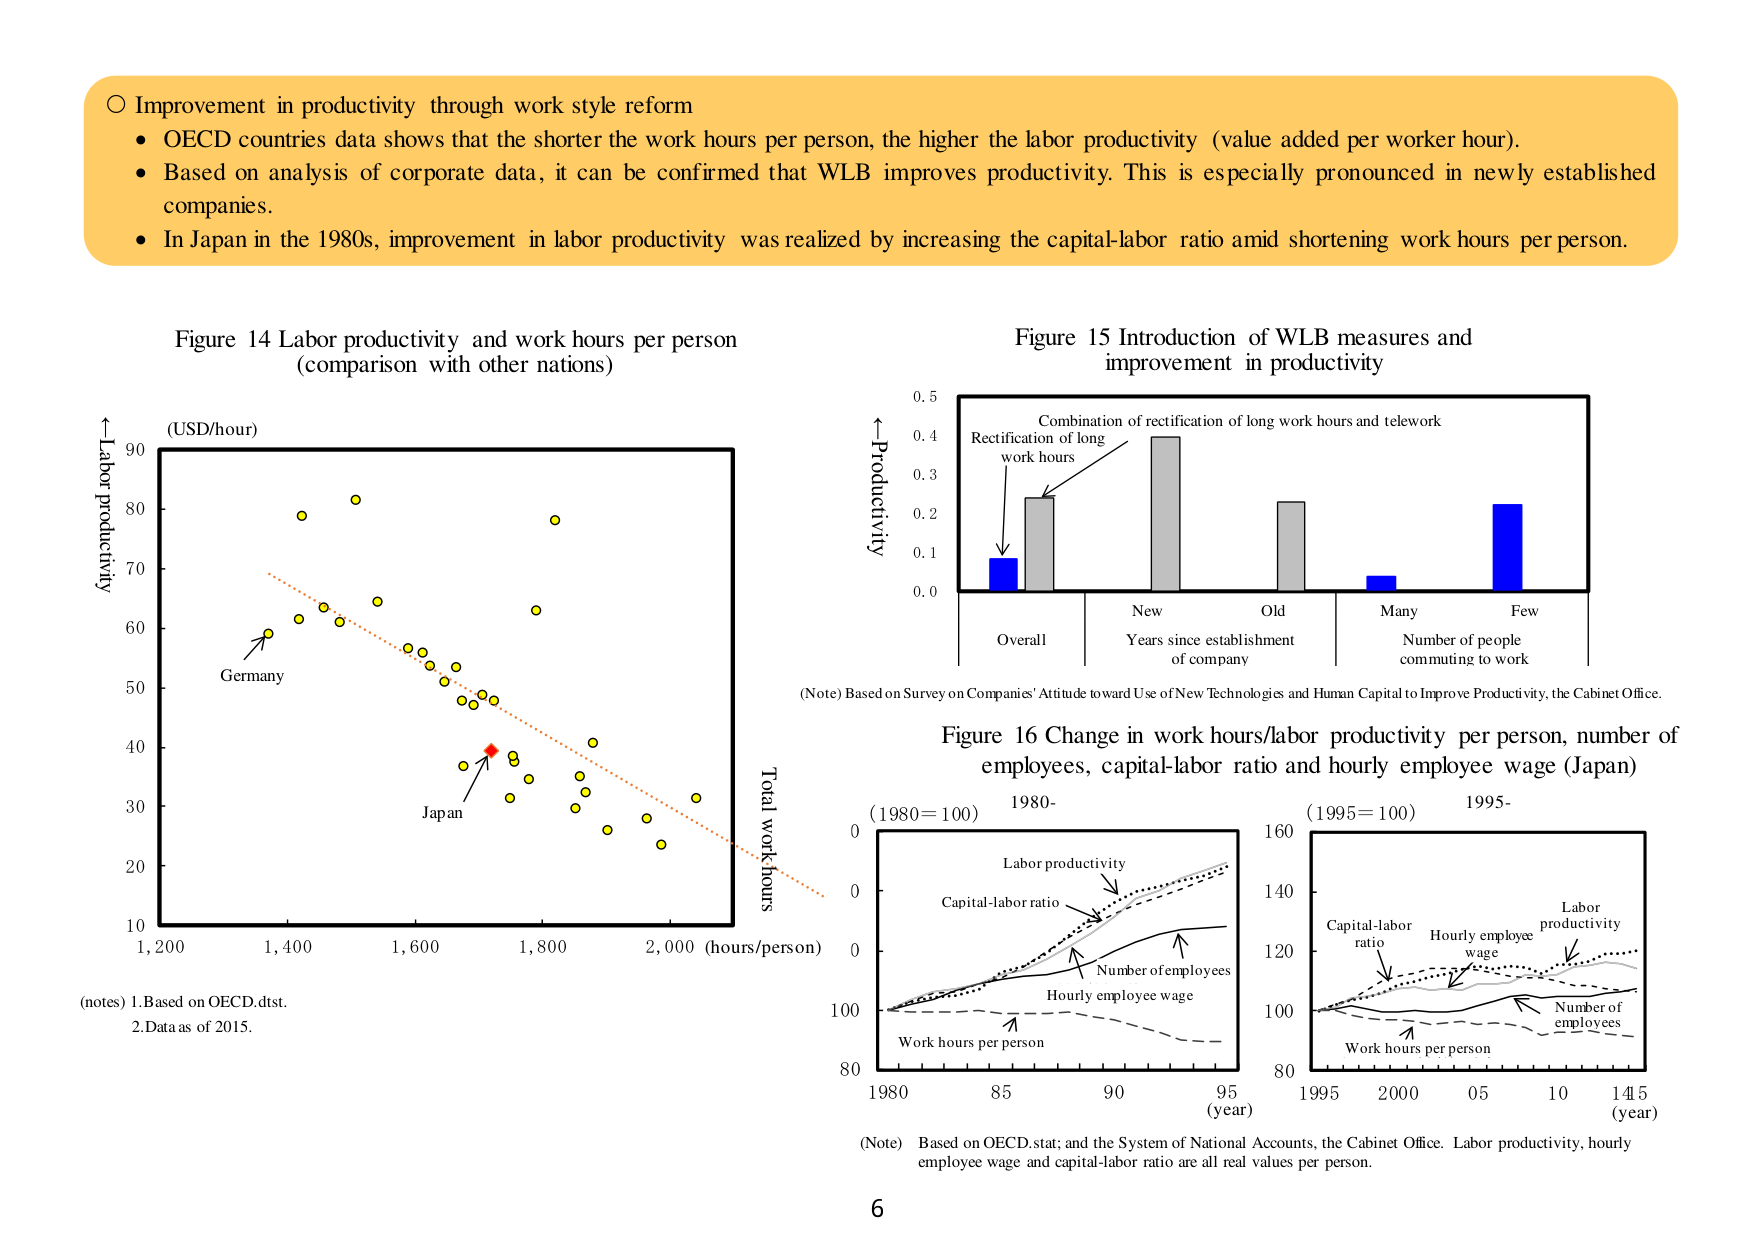
○ Improvement in productivity through work style reform
• OECD countries data shows that the shorter the work hours per person, the higher the labor productivity (value added per worker hour).
• Based on analysis of corporate data, it can be confirmed that WLB improves productivity. This is especially pronounced in newly established companies.
• In Japan in the 1980s, improvement in labor productivity was realized by increasing the capital-labor ratio amid shortening work hours per person.

Figure 14 Labor productivity and work hours per person
(comparison with other nations)

↑Labor productivity
(USD/hour)
90
80
70
60
50
40
30
20
10
1,200 1,400 1,600 1,800 2,000 (hours/person)
Total work hours
Germany
Japan
(notes) 1. Based on OECD.dtst.
2. Data as of 2015.

Figure 15 Introduction of WLB measures and improvement in productivity

↑Productivity
0.5
0.4
0.3
0.2
0.1
0.0
Combination of rectification of long work hours and telework
Rectification of long work hours
Overall
New
Old
Many
Few
Years since establishment of company
Number of people commuting to work
(Note) Based on Survey on Companies’ Attitude toward Use of New Technologies and Human Capital to Improve Productivity, the Cabinet Office.

Figure 16 Change in work hours/labor productivity per person, number of employees, capital-labor ratio and hourly employee wage (Japan)

(1980=100) 1980-
0
0
0
100
80
1980 85 90 95 (year)
Labor productivity
Capital-labor ratio
Number of employees
Hourly employee wage
Work hours per person

(1995=100) 1995-
160
140
120
100
80
1995 2000 05 10 145 (year)
Capital-labor ratio
Hourly employee wage
Labor productivity
Number of employees
Work hours per person

(Note) Based on OECD.star; and the System of National Accounts, the Cabinet Office. Labor productivity, hourly employee wage and capital-labor ratio are all real values per person.

6